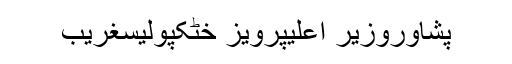
پشاوروزیر اعلیٰپرویز خٹکپولیسغریب